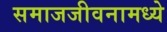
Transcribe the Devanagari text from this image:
समाजजीवनामध्ये